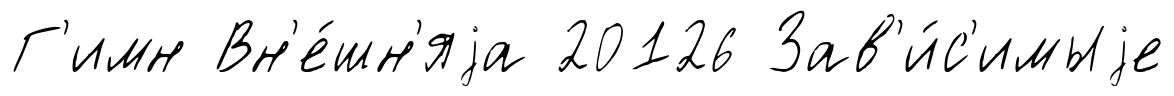
Г'имн Вн'е́шн'яjа 20126 Зав'и́с'имыjе